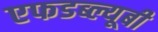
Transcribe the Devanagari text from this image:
एफडब्ल्यूबी